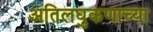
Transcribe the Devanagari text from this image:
अतिलघुकणाच्या